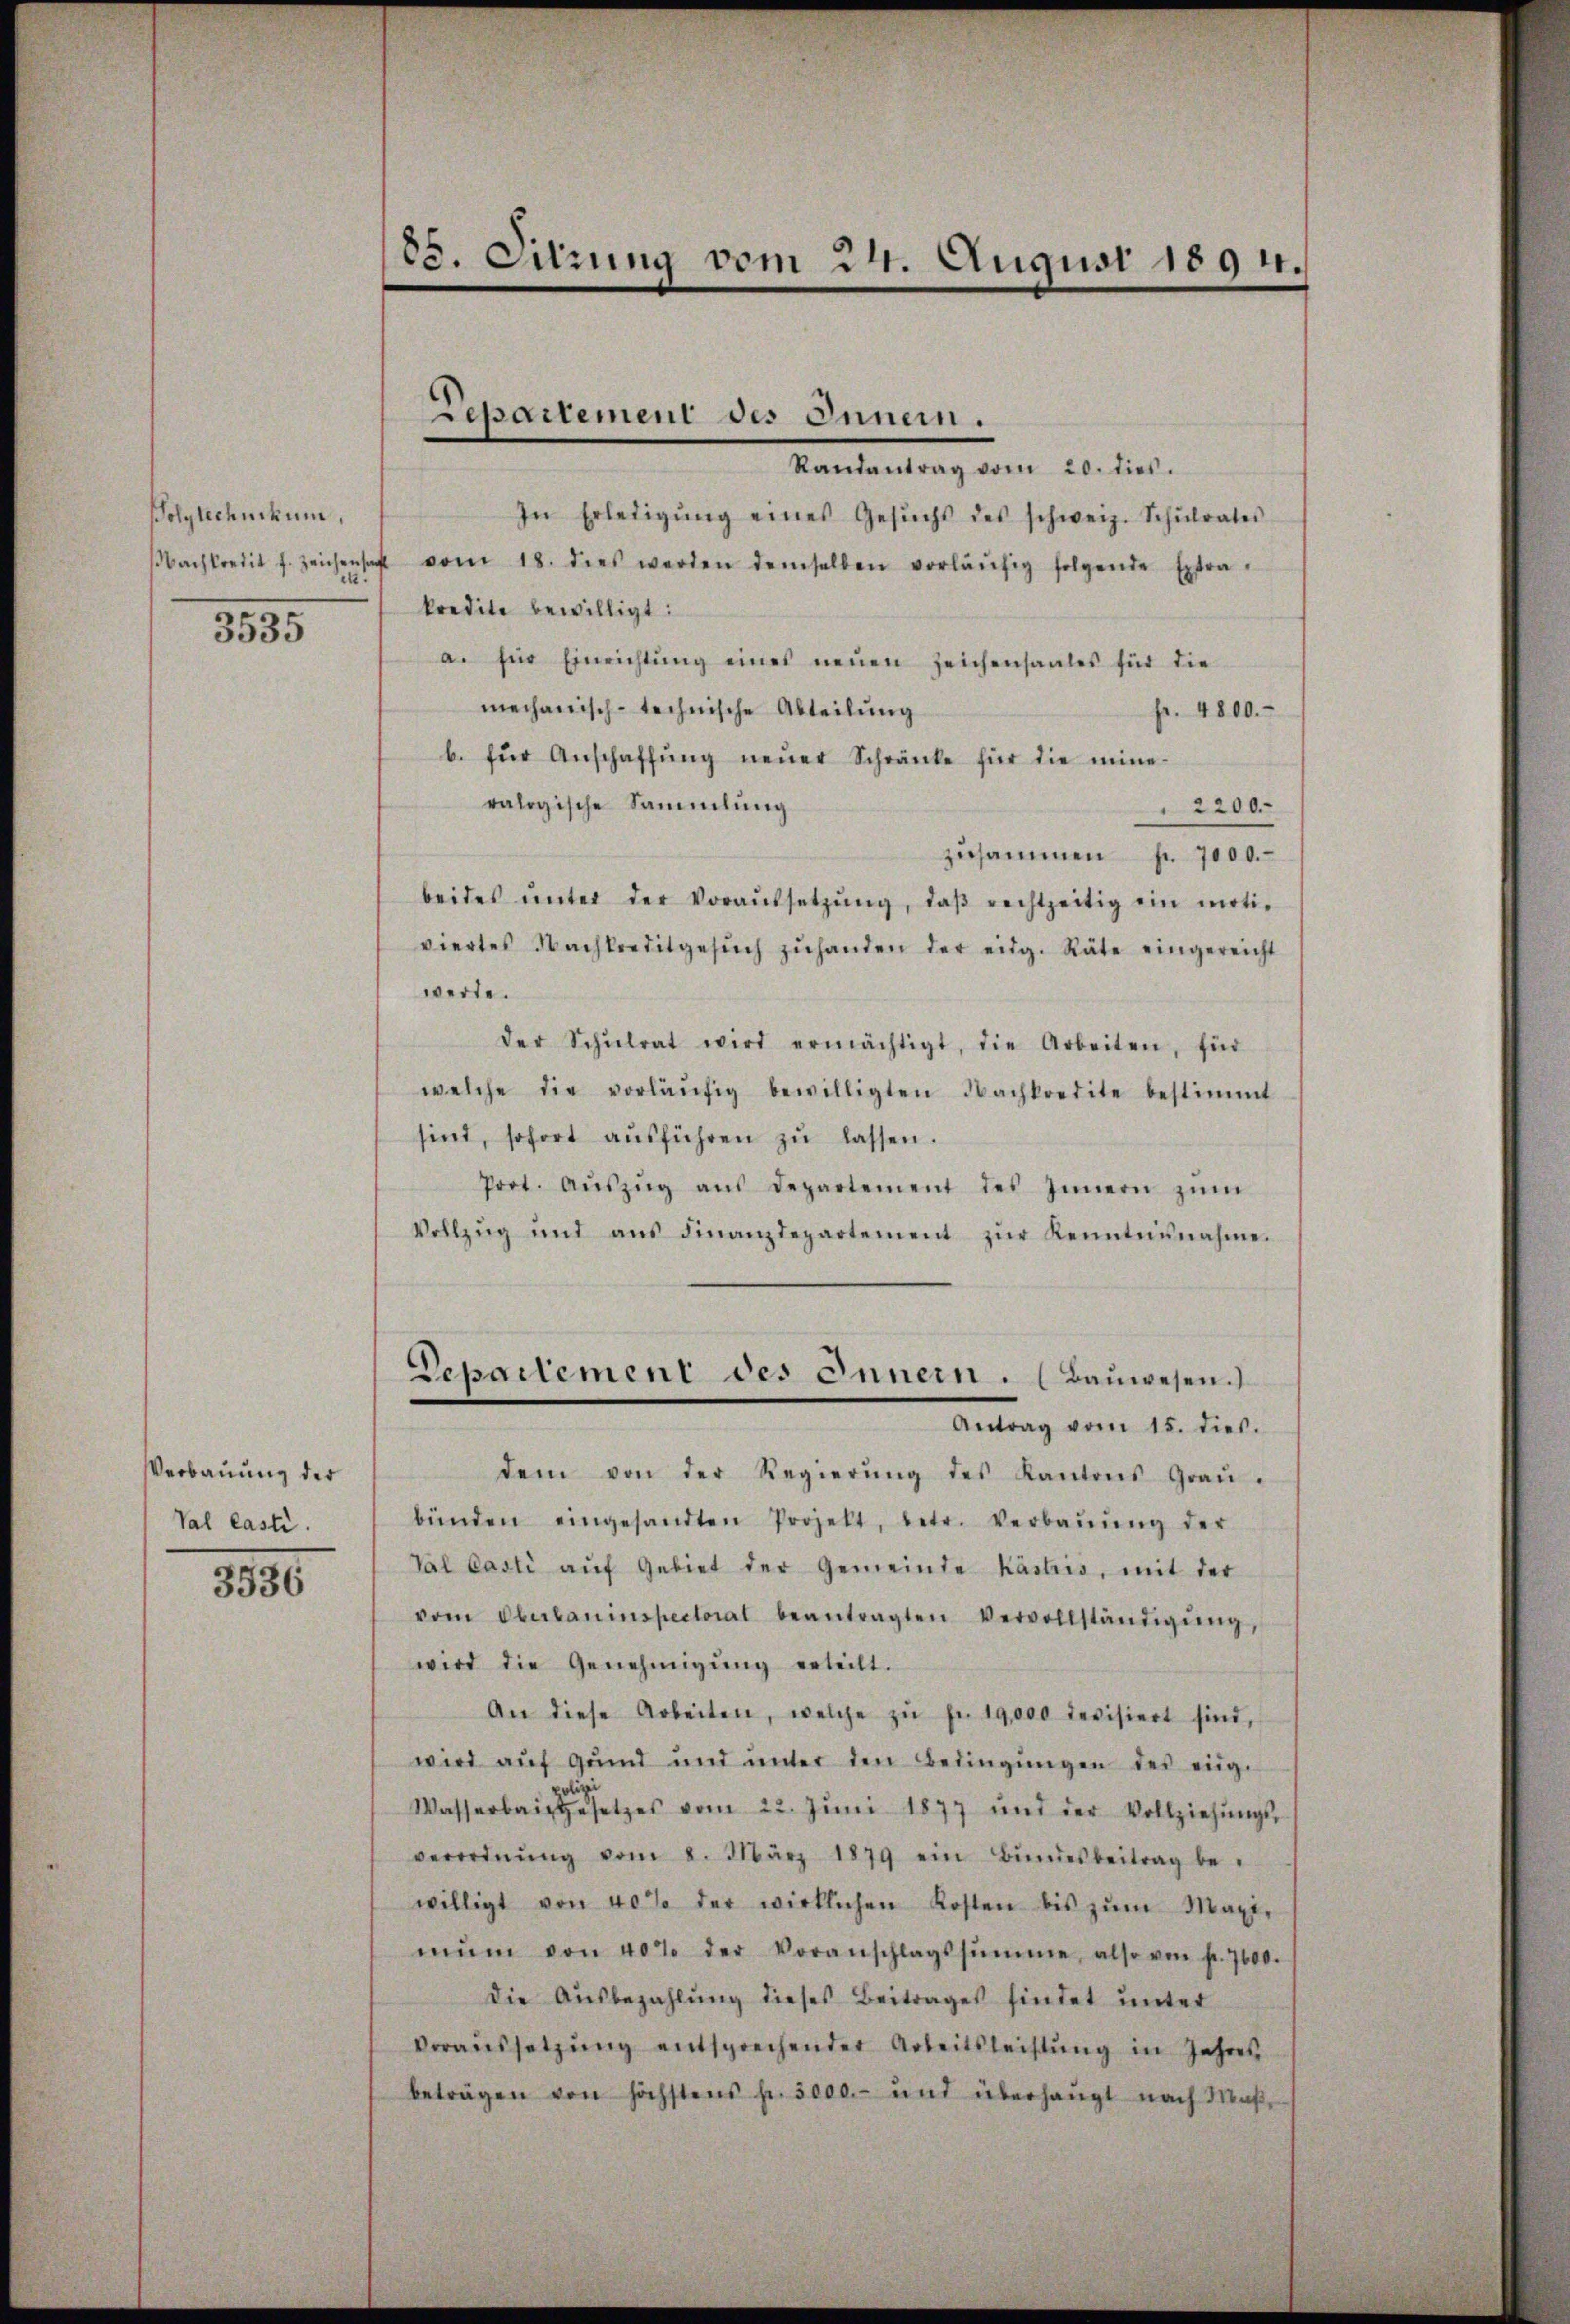
Polytechnikum,
ett.
3535

Verbauung der
Val lasti.

1890.

85. Sitzung vom 24. Augusi 1891.

Repartement des Innern.

Randantrag vom 20. dies.
In Erledigŭng eines Gesŭchs des schweiz. Schŭlrates
Nachkredit f. Zeichensaft vom 18. dies werden demselben vorläŭfig folgende Extra-
kredite bewilligt:
a. für Einrichtŭng eines neŭen Zeichensaales für die
mechanisch-technische Abteilung
fr. 4800.
b. für Anschaffŭng neŭer Schränke für die mine-
ralogische Sammlung
2200.
zusammen f. 7000.
beides ŭnter der Voraussetzŭng, daβ rechtzeitig ein moti-
viertes Nachkreditgesŭch zŭhanden der eidg. Räte eingereicht
werde.
der Schŭlrat wird ermächtigt, die Arbeiten, für
welche die vorläŭfig bewilligten Nachkredite bestimmt
sind, sofort aŭsführen zŭ lassen.
Prot. Aŭszŭg aŭs departement des Innern zum
Vollzŭg und aŭs Finanzdepartement zŭr Kenntnisnahme.
Departement des Innern. (Baŭwesen.
Antrag vom 15. dies.
dem von der Regierŭng des Kantons Graŭ-
bünden eingesandten Projekt, betr. Verbaŭŭng der
Val casti aŭf Gebiet der Gemeinde Käslis, mit der
vom Deubauinspectorat beantragten Vervollständigŭng,
wird die Genehmigŭng erteilt.
An diese Arbeiten, welche zŭ fr. 19,000 devisiert sind,
wird auf gund und ŭnter den Bedingŭngen des einge
polizei
Wasserbaugesetzes vom 22. Jŭni 1877 und der Vollziehŭngs-
verordnŭng vom 8. März 1879 ein Bŭndesbeitrag be-
willigt von 40% der wirklichen Kosten bis zŭm Maxi-
mŭm von 40% der Voranschlagssumme, also von fr. 7000.
Die Aŭsbezahlŭng dieses Beitrages findet unter
Voraŭssetzŭng entsprechender Arbeitsleistŭng in Jahres
beträgen von höchstens fr. 5000.- und überhaŭpt nach Maβ-